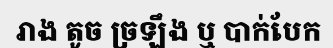
រាង តូច ច្រឡឹង ឬ បាក់បែក